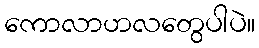
ကောလာဟလတွေပါပဲ။